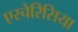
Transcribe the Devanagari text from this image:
एस्चेरिसिया